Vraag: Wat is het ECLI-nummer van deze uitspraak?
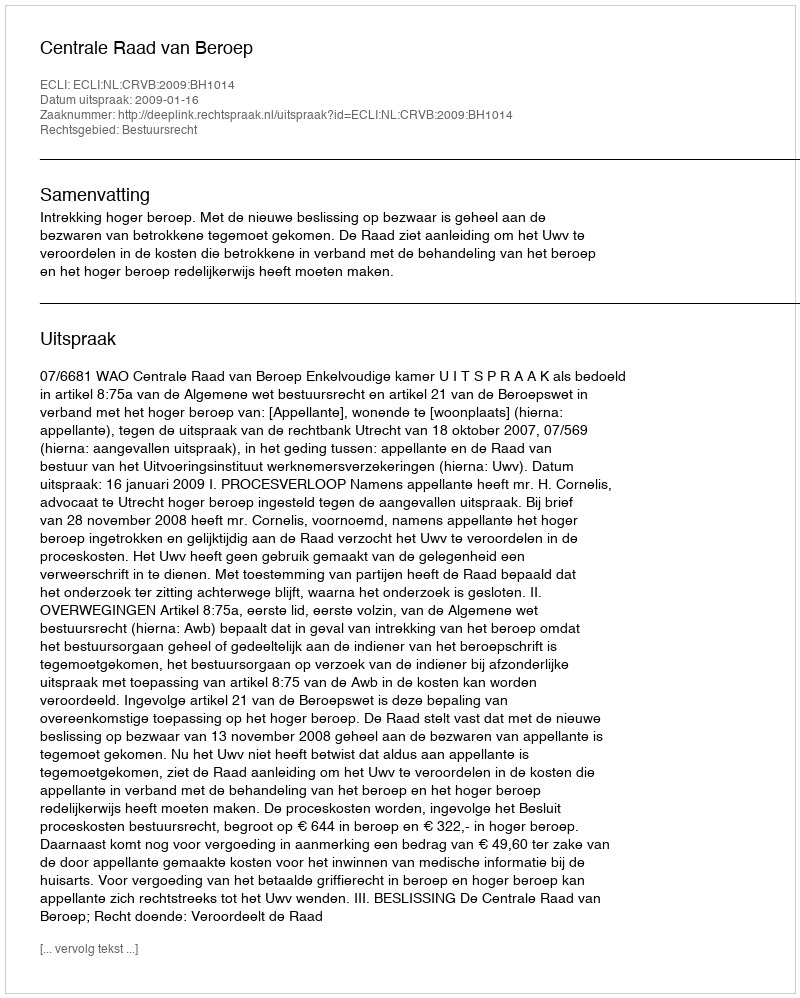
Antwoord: ECLI:NL:CRVB:2009:BH1014